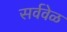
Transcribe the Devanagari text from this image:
सर्ववेळ